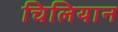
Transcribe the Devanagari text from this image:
चिलियान